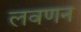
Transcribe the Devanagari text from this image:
लवणन